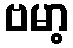
ဗမာ့